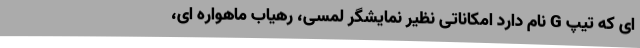
ای که تیپ G نام دارد امکاناتی نظیر نمایشگر لمسی، رهیاب ماهواره ای،